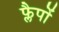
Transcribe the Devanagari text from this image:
फ्लैपों